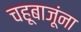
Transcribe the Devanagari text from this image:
चहूबाजूंना